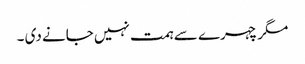
مگر چہرے سے ہمت نہیں جانے دی ۔